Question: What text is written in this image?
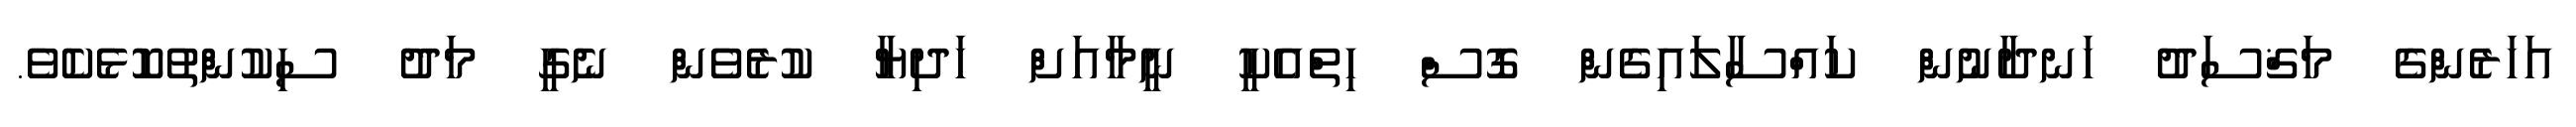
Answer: އަހަރެންގެ މަޤްސަދު ހަނދާނުން ކައްސާލައިގެން ގޮސް ހިތްއެކީ ނީމާއަށް ހަދިޔާ ކުރެވެން ނެގީ މަދު ސިކުންތުކޮޅެކެވެ.